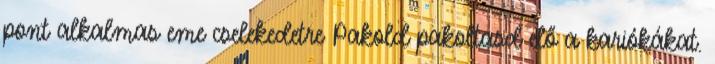
pont alkalmas eme cselekedetre Pakold pakoltasd elő a kariókákat.